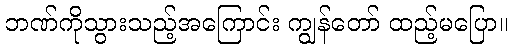
ဘဏ်ကိုသွားသည့်အကြောင်း ကျွန်တော် ထည့်မပြော။